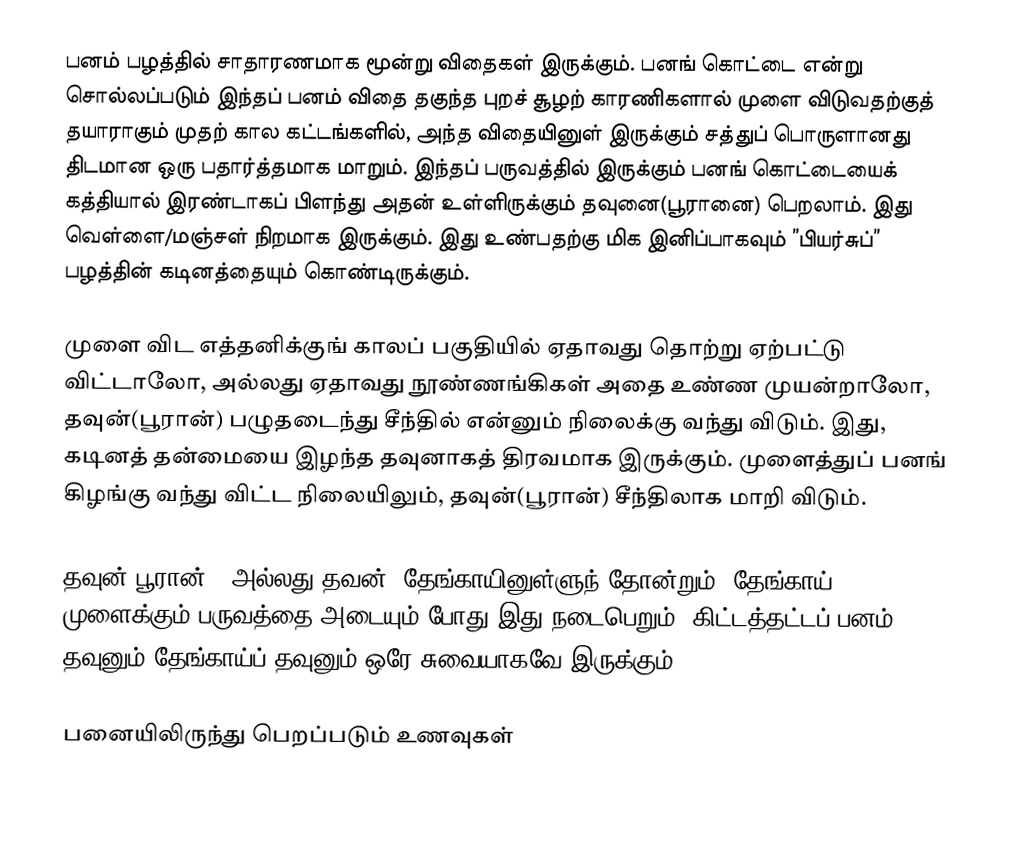
பனம் பழத்தில் சாதாரணமாக மூன்று விதைகள் இருக்கும். பனங் கொட்டை என்று சொல்லப்படும் இந்தப் பனம் விதை தகுந்த புறச் சூழற் காரணிகளால் முளை விடுவதற்குத் தயாராகும் முதற் கால கட்டங்களில், அந்த விதையினுள் இருக்கும் சத்துப் பொருளானது திடமான ஒரு பதார்த்தமாக மாறும். இந்தப் பருவத்தில் இருக்கும் பனங் கொட்டையைக் கத்தியால் இரண்டாகப் பிளந்து அதன் உள்ளிருக்கும் தவுனை(பூரானை) பெறலாம். இது வெள்ளை/மஞ்சள் நிறமாக இருக்கும். இது உண்பதற்கு மிக இனிப்பாகவும் ”பியர்சுப்” பழத்தின் கடினத்தையும் கொண்டிருக்கும்.

முளை விட எத்தனிக்குங் காலப் பகுதியில் ஏதாவது தொற்று ஏற்பட்டு விட்டாலோ, அல்லது ஏதாவது நூண்ணங்கிகள் அதை உண்ண முயன்றாலோ, தவுன்(பூரான்) பழுதடைந்து சீந்தில் என்னும் நிலைக்கு வந்து விடும். இது, கடினத் தன்மையை இழந்த தவுனாகத் திரவமாக இருக்கும். முளைத்துப் பனங் கிழங்கு வந்து விட்ட நிலையிலும், தவுன்(பூரான்) சீந்திலாக மாறி விடும்.

தவுன்(பூரான்) (அல்லது தவன்) தேங்காயினுள்ளுந் தோன்றும். தேங்காய் முளைக்கும் பருவத்தை அடையும் போது இது நடைபெறும். கிட்டத்தட்டப் பனம் தவுனும் தேங்காய்ப் தவுனும் ஒரே சுவையாகவே இருக்கும்.

பனையிலிருந்து பெறப்படும் உணவுகள்